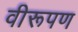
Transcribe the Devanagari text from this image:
वीरूपण